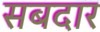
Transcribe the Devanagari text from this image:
सबदार